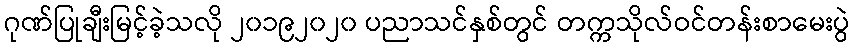
ဂုဏ်ပြုချီးမြင့်ခဲ့သလို ၂၀၁၉၂၀၂၀ ပညာသင်နှစ်တွင် တက္ကသိုလ်ဝင်တန်းစာမေးပွဲ